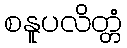
စနူပလိတ္တံ